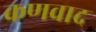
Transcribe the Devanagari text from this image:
कणवाद